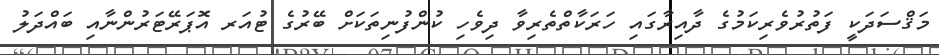
މަޤްސަދަކީ ފަތުރުވެރިކަމުގެ ދާއިރާގައި ހަރަކާތްތެރިވާ ދިވެހި ކުންފުނިތަކަށް ބޭރުގެ ޓުއަރ އޮޕަރޭޓަރުންނާއި ބައްދަލު